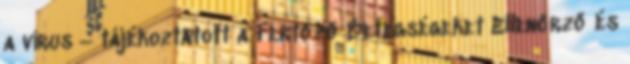
a vírus – tájékoztatott a Fertőző Betegségeket Ellenőrző és